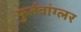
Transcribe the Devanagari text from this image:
फुर्तवांग्लर